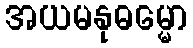
အယမနုဓမ္မော